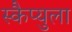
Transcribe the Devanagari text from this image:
स्कैप्युला